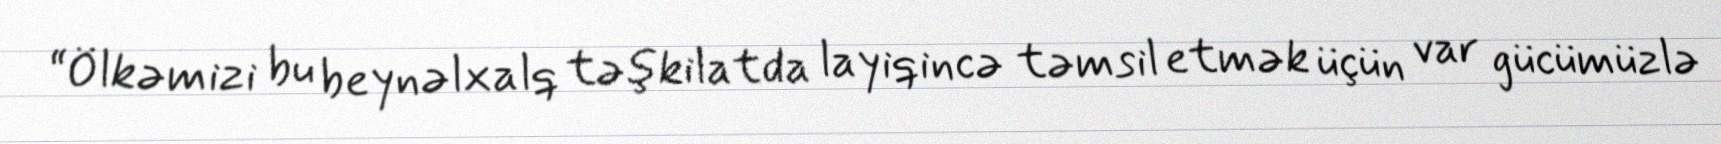
“Ölkəmizi bu beynəlxalq təşkilatda layiqincə təmsil etmək üçün var gücümüzlə